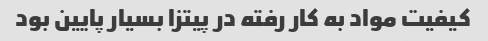
کیفیت مواد به کار رفته در پیتزا بسیار پایین بود